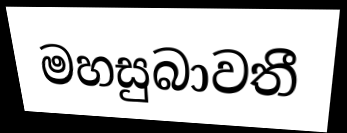
මහසුබාවතී